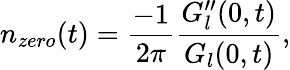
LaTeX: n_{zero}(t)=\frac{-1}{2\pi}\frac{G_{l}^{\prime\prime}(0,t)}{G_{l}(0,t)},